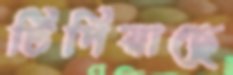
টিপিয়াছে